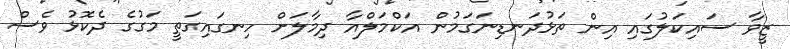
ޒީވާ ސައިކަލުގައި އިން ތަޅުދަނޑިނަގަމުން އަކްމަލްއާ ދިމާލަށް ހިނގައިގަތީ މަގުގެ ދެކޮޅު ވެސް